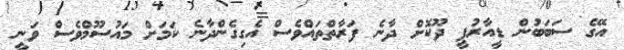
އޭގެ ސަބަބުން ޑީއާރުޕީ ދޫކޮށް ދާނެ ފަރާތްތައްވެސް އެގިގެންދާނެ ކަމަށް މައުސޫމްވެސް ވަނީ